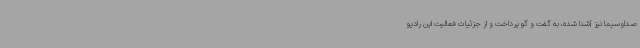
صداوسیما نیز آشنا شده، به گفت و گو پرداخت و از جزئیات فعالیت این رادیو